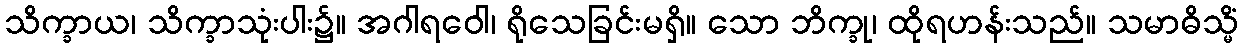
သိက္ခာယ၊ သိက္ခာသုံးပါး၌။ အဂါရဝေါ၊ ရိုသေခြင်းမရှိ။ သော ဘိက္ခု၊ ထိုရဟန်းသည်။ သမာဓိသ္မိံ